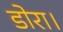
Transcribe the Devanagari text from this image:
डोरा।